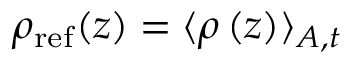
\rho _ { \mathrm { r e f } } ( z ) = \langle \rho \left( z \right) \rangle _ { A , t }